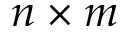
n \times m